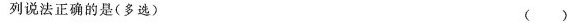
列说法正确的是(多选) ( )